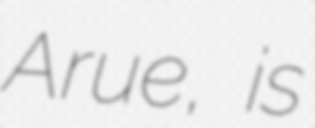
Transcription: Arue, is